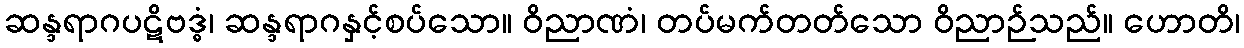
ဆန္ဒရာဂပဋိဗဒ္ဓံ၊ ဆန္ဒရာဂနှင့်စပ်သော။ ဝိညာဏံ၊ တပ်မက်တတ်သော ဝိညာဉ်သည်။ ဟောတိ၊